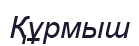
Құрмыш